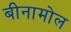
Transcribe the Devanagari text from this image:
बीनामोल